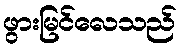
ဖွားမြင်လေသည်